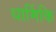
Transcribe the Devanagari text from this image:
धार्मिकि